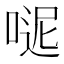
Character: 𠸽